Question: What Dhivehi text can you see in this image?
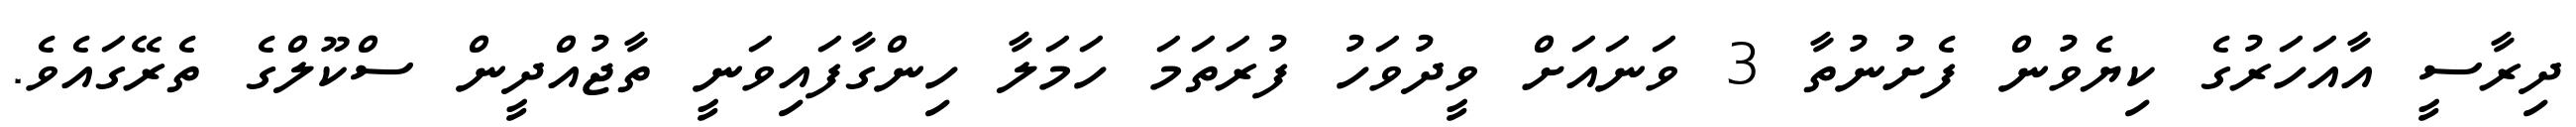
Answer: ދިރާސީ އާއަހަރުގެ ކިޔެވުން ފެށުނުތާ 3 ވަނައަށް ވީދުވަހު ފުރަތަމަ ހަމަލާ ހިންގާފައިވަނީ ތާޖުއްދީން ސްކޫލްގެ ތެރޭގައެވެ.